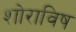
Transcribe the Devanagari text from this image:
शोराविष